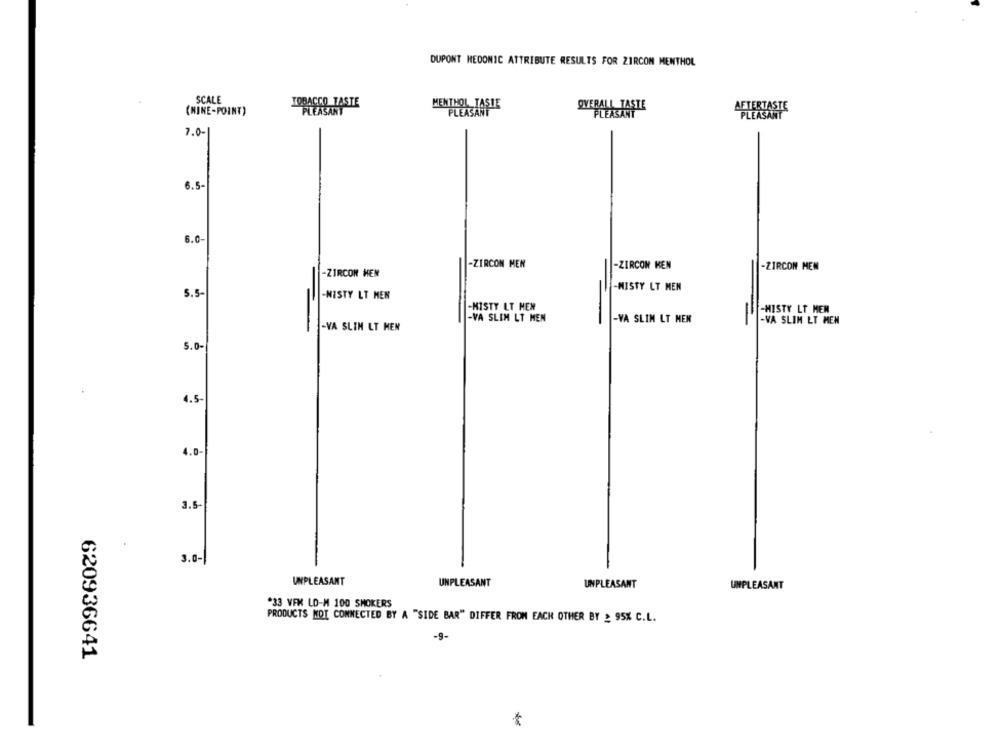
DUPONT HEDONIC ATTRIBUTE RESULTS FOR ZIRCOM MENTHOL
SCALE
TOBACCO TASTE
(MINE-POINT)
MENTHOL TASIE
OVERALL TASTE
AFTERTASTE
7.0-
6.5-
6.0-
-ZIRCON MEN
-ZIRCON KEN
-ZIRCON MEN
-ZIRCON MEN
-MISTY LT MEN
5.5-
-NISTY LT MEN
-MISTY LT MEN
-HISTY LT MEN
=
-VA SLIM LT MEN
-VA SLIM LT MEN
-
-VA SLIM LT MEN
-VA SLIM LT MEN
5.0-
4.5-
4.0
3.5-
3.0-
UNPLEASANT
UNPLEASANT
UNPLEASANT
UNPLEASANT
*33 VFK LO-M 100 SMOKERS
PRODUCTS NOT CONNECTED BY A "SIDE BAR" DIFFER FROM EACH OTHER BY : 95% C.L.
-9-
620936641
*